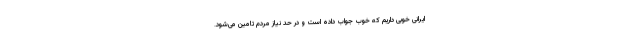
ایرانی خوبی داریم که خوب جواب داده است و در حد نیاز مردم تامین می‌شود.